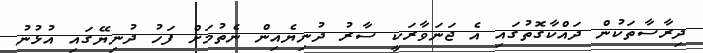
ދިރާސާތަކުން ދައްކާގޮތުގައި އެ ޖަނަވާރަކީ ސާރު ދުނިޔެއިން ނެތުމަށް ފަހު ދުނިޔޭގައި އުޅުނު